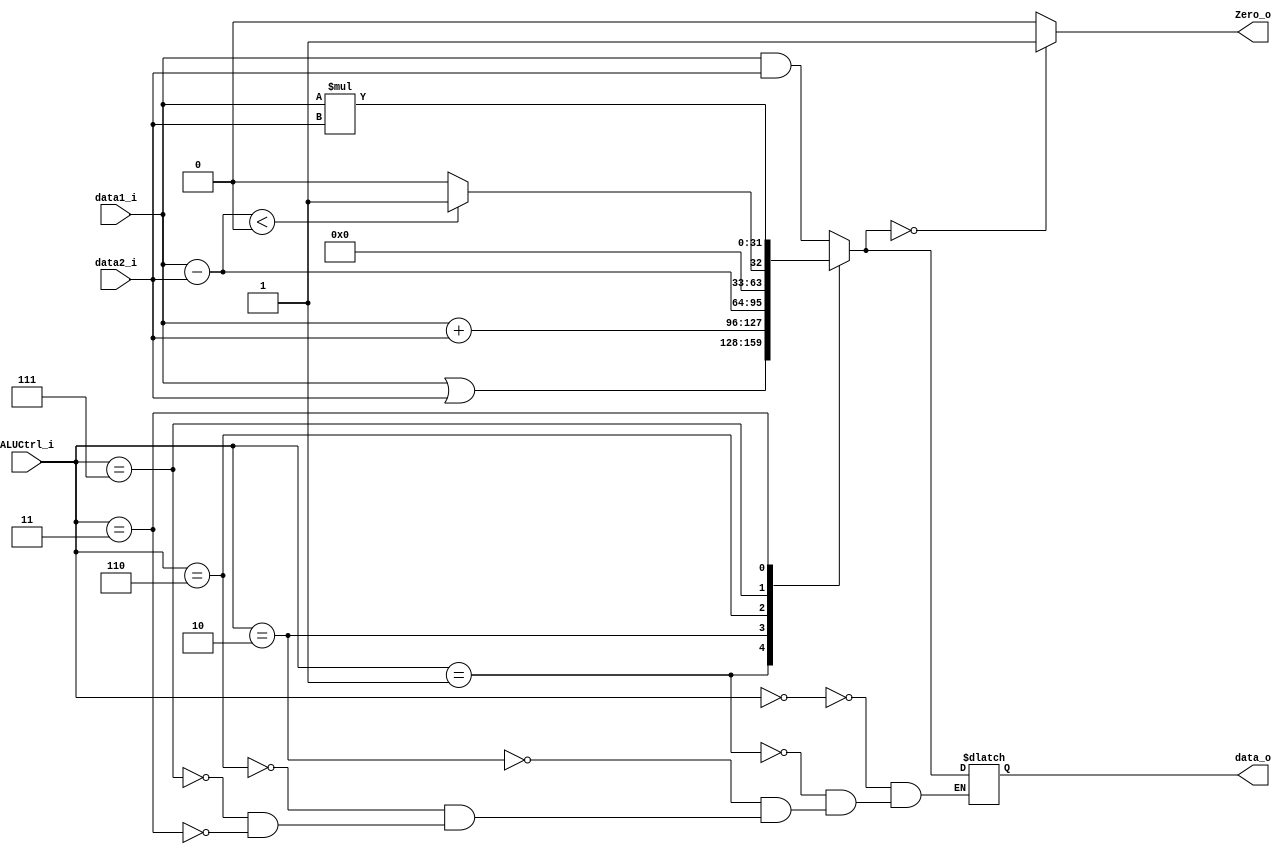
module ALU
(
    data1_i,
    data2_i,
    ALUCtrl_i,
    data_o,
    Zero_o
);

input       [31:0]    data1_i, data2_i;
input       [2:0]     ALUCtrl_i;
output  reg [31:0]    data_o;
output  reg           Zero_o;

always@(ALUCtrl_i or data1_i or data2_i) begin
  case(ALUCtrl_i)
    3'b000 : data_o = data1_i & data2_i;
    3'b001 : data_o = data1_i | data2_i;
    3'b010 : data_o = data1_i + data2_i;
    3'b110 : data_o = data1_i - data2_i;
    3'b111 : data_o = (data1_i - data2_i < 0)? 1:0;
    3'b011 : data_o = data1_i * data2_i;
  endcase
  
  if (data_o == 0)
    Zero_o = 1'b1;
  else
    Zero_o = 1'b0; 
end

endmodule